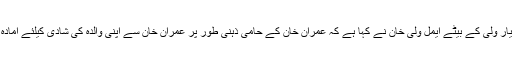
اسفند یار ولی کے بیٹے ایمل ولی خان نے کہا ہے کہ عمران خان کے حامی ذہنی طور پر عمران خان سے اپنی والدہ کی شادی کیلئے آمادہ رہیں۔